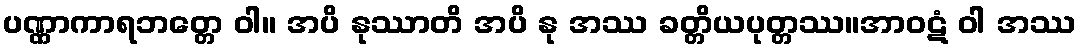
ပဏ္ဏာကာရဘတ္တေ ဝါ။ အပိ နုဿာတိ အပိ နု အဿ ခတ္တိယပုတ္တဿ။အာဝဋံ ဝါ အဿ